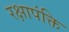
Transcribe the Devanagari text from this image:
रक्षापंक्ति